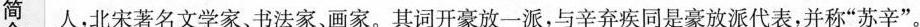
简 人，北宋著名文学家、书法家、画家。其词开豪放一派，与辛弃疾同是豪放派代表，并称”苏辛”。